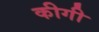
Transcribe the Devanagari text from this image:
कीगी